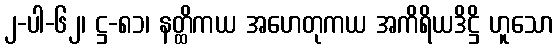
၂-ပါ-၆၂၊ ဋ္ဌ-၈၁၊ နတ္ထိကယ အဟေတုကယ အကိရိယဒိဋ္ဌိ ဟူသော